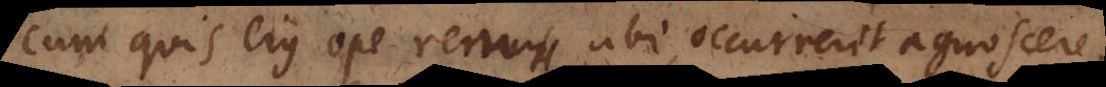
cum quis ejus ope rem ubi occurrerit agnoscere,